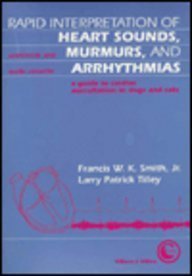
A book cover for Rapid Interpretation of Heart Sounds, Murmurs, and Arrhythmias: A Guide to Cardiac Auscultation in Dogs and Cats; Francis W. K., Jr. Smith; Medical Books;